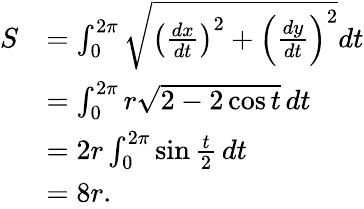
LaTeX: {\begin{array}{rl}{S}&{=\int_{0}^{2\pi}{\sqrt{\left({\frac{dx}{dt}}\right)^{2}+\left({\frac{dy}{dt}}\right)^{2}}}dt}\\ &{=\int_{0}^{2\pi}r{\sqrt{2-2\cos t}}\, dt}\\ &{=2r\int_{0}^{2\pi}\sin{\frac{t}{2}}\, dt}\\ &{=8r.}\end{array}}